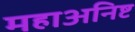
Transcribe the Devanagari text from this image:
महाअनिष्ट